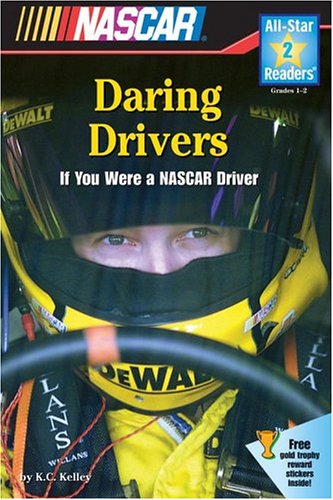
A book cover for NASCAR Daring Drivers (All-Star Readers: Level 2); K.C. Kelley; Children's Books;